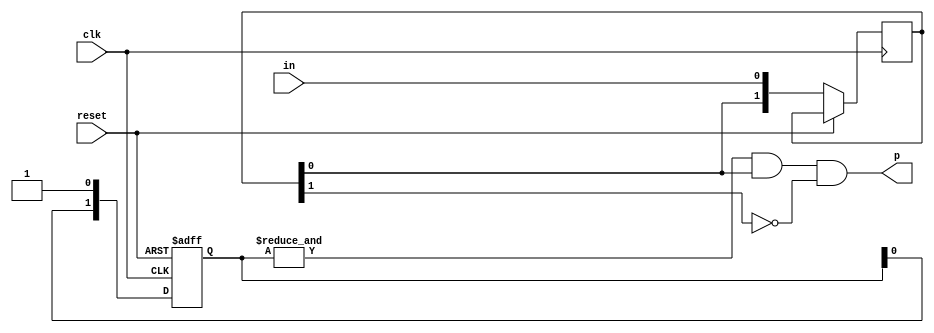
module pg_1(input wire clk, input wire reset, input wire in, output wire p);
	reg [1:0] x;
	reg [1:0] init = 0;
	always @(posedge clk or posedge reset)
		if(reset)
			init <= 0;
		else begin
			x <= { x[0], in };
			init <= { init[0], 1'b1 };
		end
	assign p = (&init) & x[0] & !x[1];
endmodule